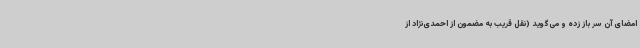
امضای آن سر باز زده و می‌گوید (نقل قریب به مضمون از احمدی‌نژاد از